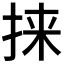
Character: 𫼲